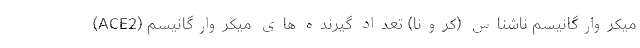
میکروارگانیسم ناشناس (کرونا) تعداد گیرنده های میکروارگانیسم (ACE2)